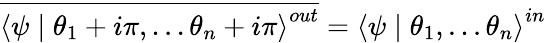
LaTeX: \overline{{{\left\langle\psi\mid\theta_{1}+i\pi,...\theta_{n}+i\pi\right\rangle^{out}}}}=\left\langle\psi\mid\theta_{1},...\theta_{n}\right\rangle^{in}